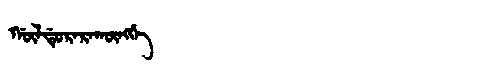
Manchu: ᡤᡡᠯᡩᡠᡵᠠᡵᠠᡴᡡᠩᡤᡝ
Romanization: GŪLDURARAKŪNGGE